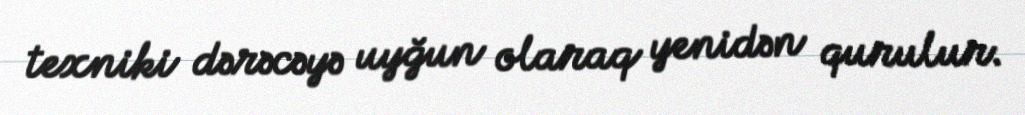
texniki dərəcəyə uyğun olaraq yenidən qurulur.